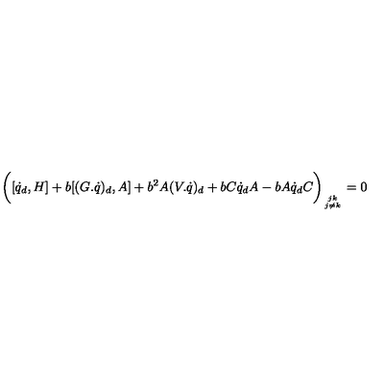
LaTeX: \biggl ( [ \dot { q } _ { d } , H ] + b [ ( G . \dot { q } ) _ { d } , A ] + b \sp 2 A ( V . \dot { q } ) _ { d } + b C \dot { q } _ { d } A - b A \dot { q } _ { d } C \bigg ) _ { { j k } \atop { j \ne k } } = 0